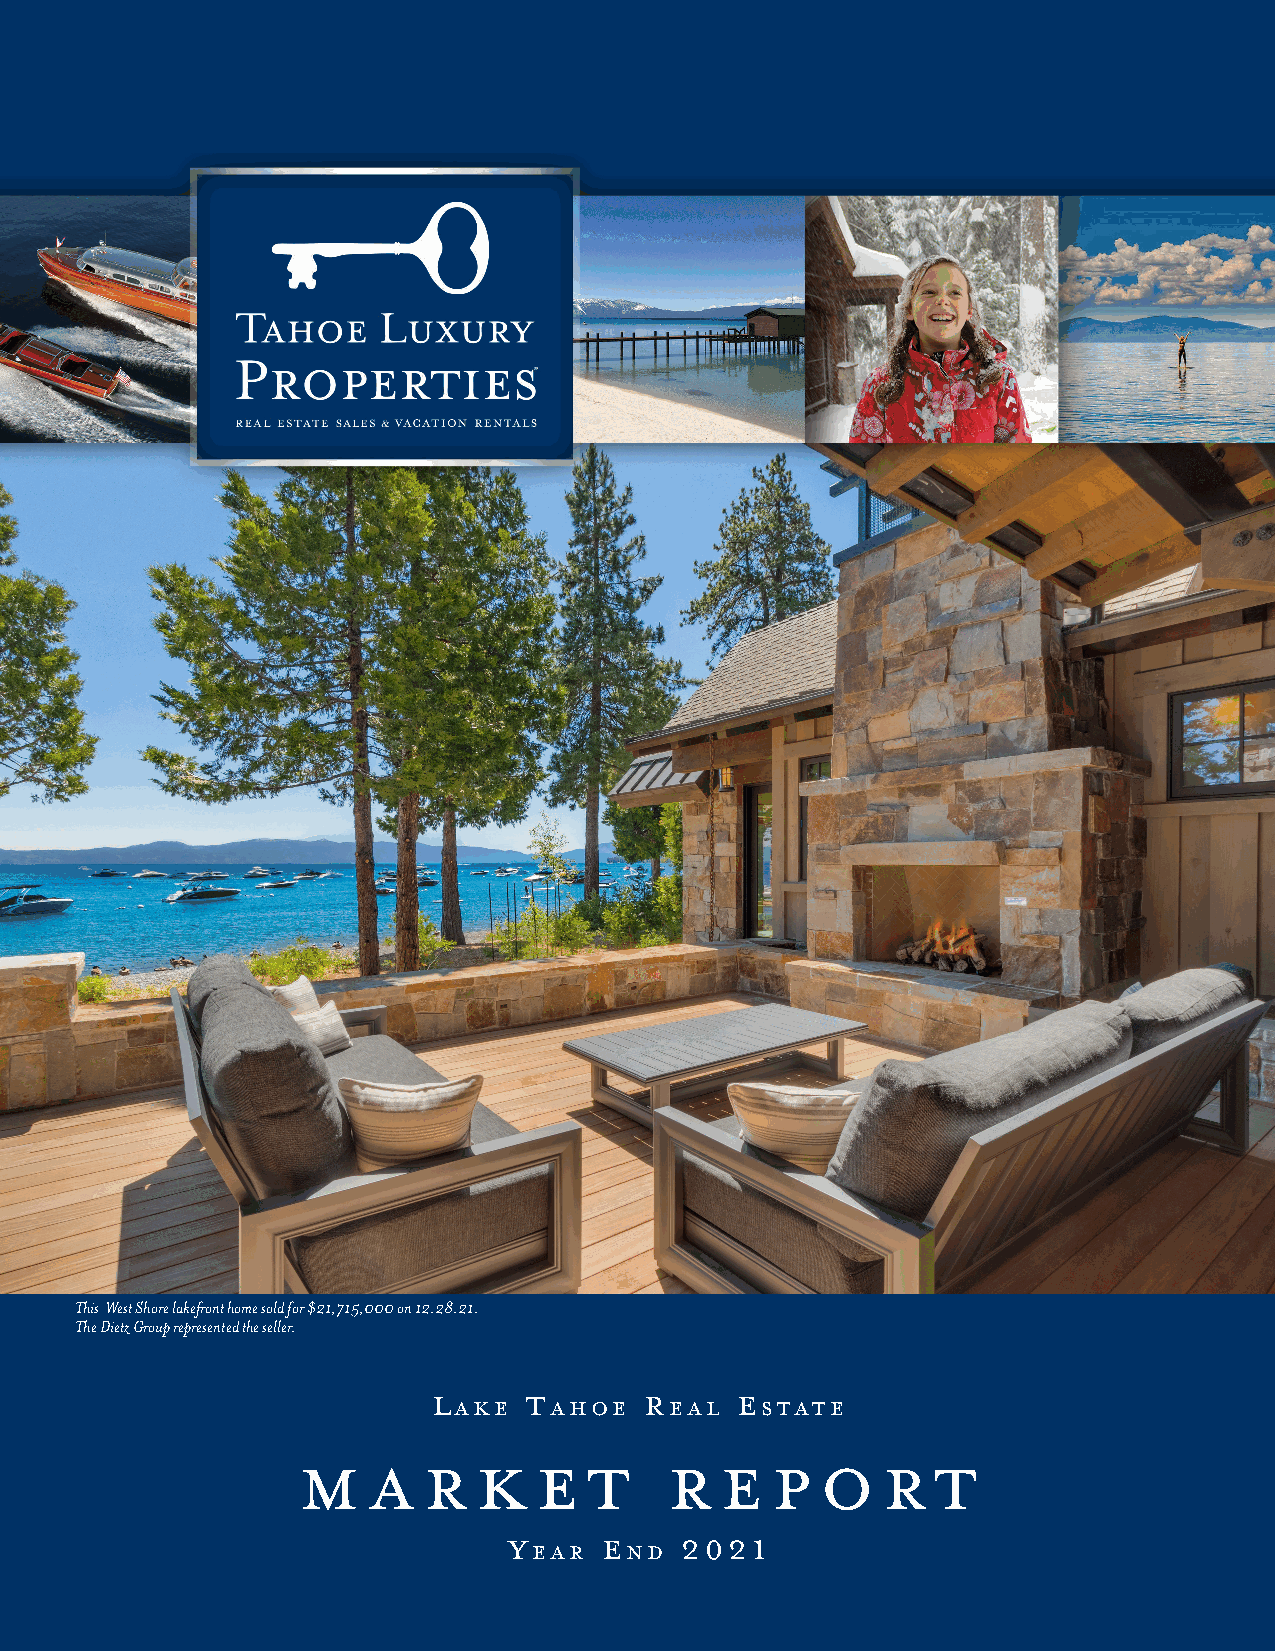
This West Shore lakefront home sold for $21,715,000 on 12.28.21.
 The Dietz Group represented the seller.
 L     T       R     e
 ake   ahoe    eaL   sTaTe
 M   A   R   K  E   T    R   E  P  O   R   T
 Y     e    2021
 eaR   nd